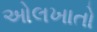
ઓલખાતો